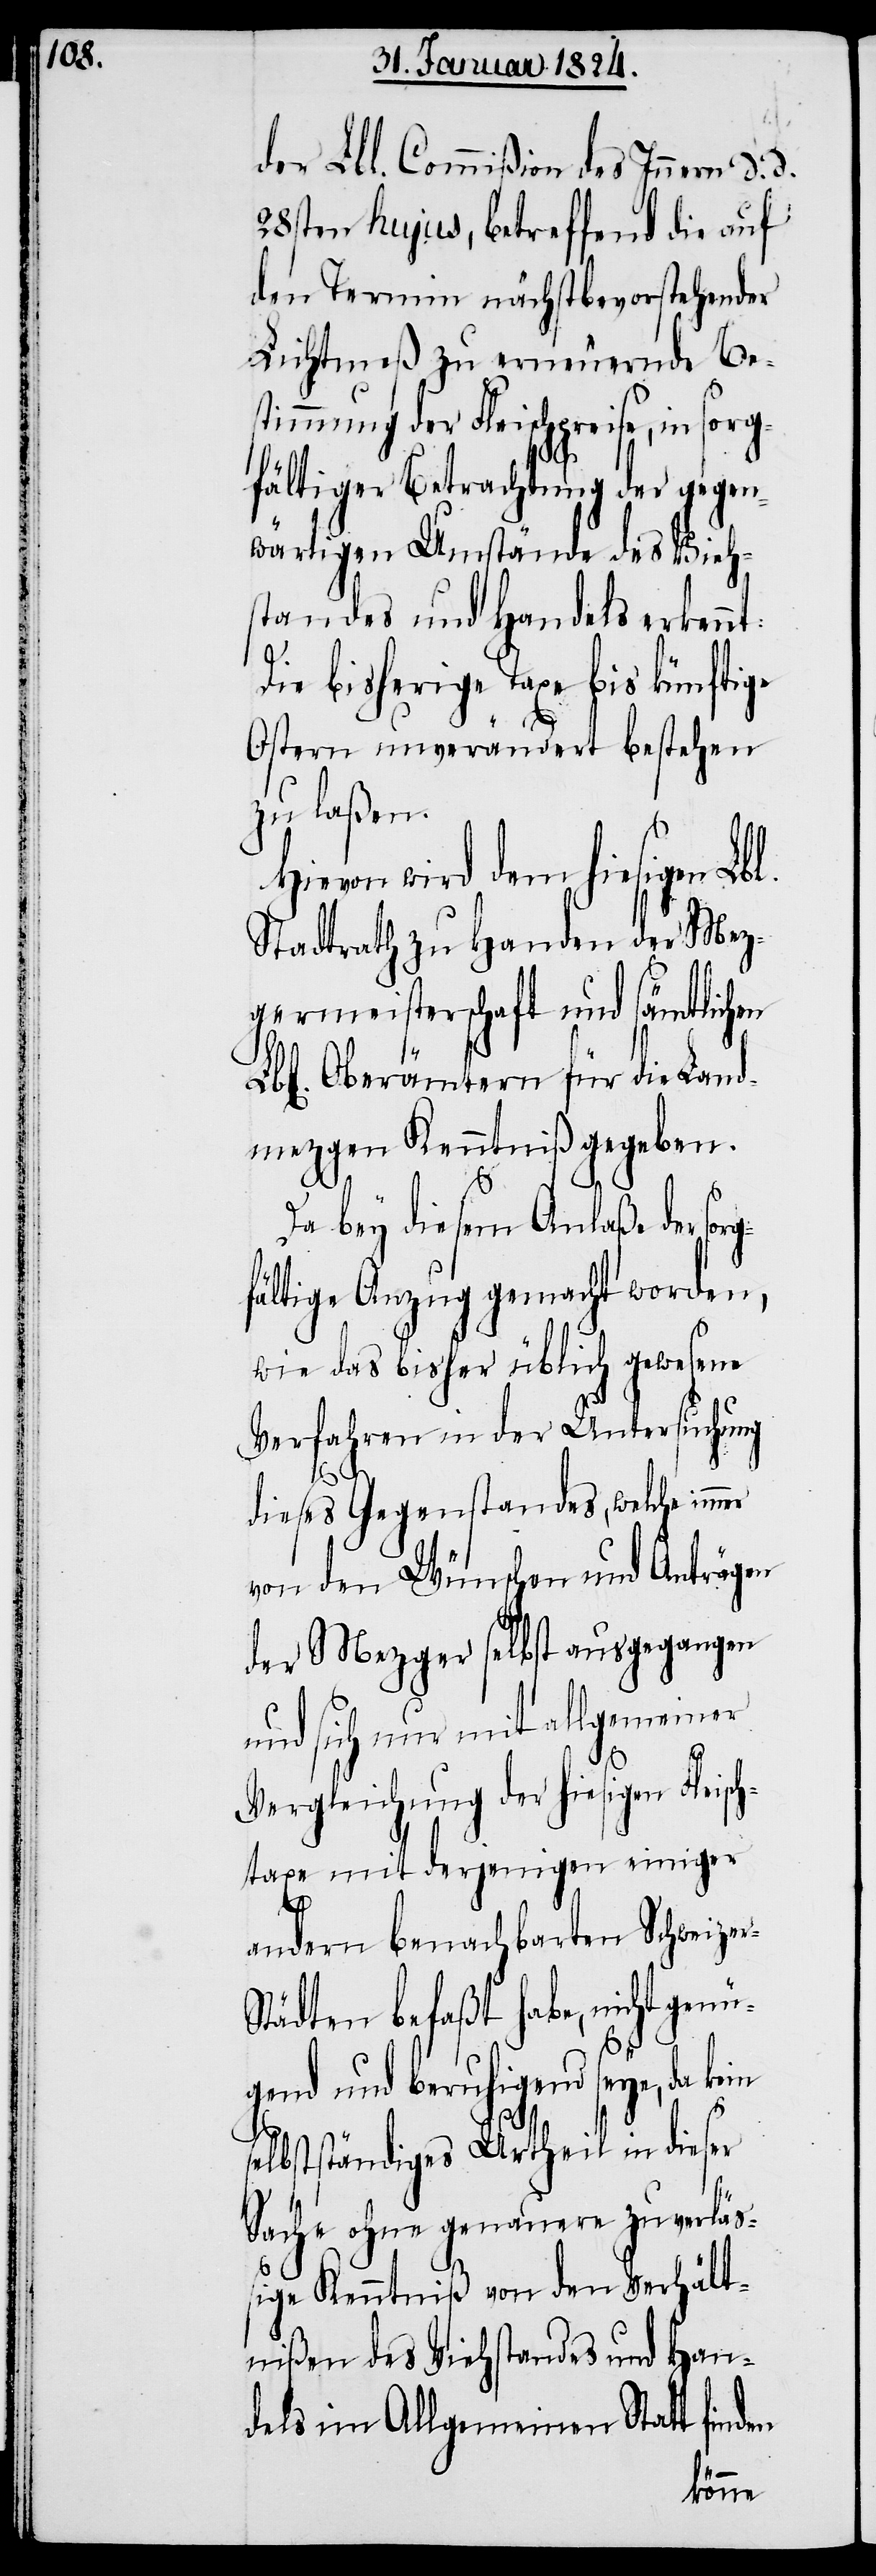
en
der Lbl. Commißion des Innern d. d.
28sten hujus, betreffend die auf
den Termin nächstbevorstehender
Lichtmeß zu erneuernde Be¬
stimmung der Fleischpreise, in sorg¬
fältiger Betrachtung der gegen¬
wärtigen Umstände des Vieh¬
standes und Handels erkennt:
Die bisherige Taxe bis künftige
Ostern unverändert bestehen
zu laßen.
Hievon wird dem hiesigen Lb¬
Stadtsrath zu Handen der Mez¬
germeisterschaft und sämtlichen
Oberämtern für die Land¬
mezgen Kenntniß gegeben.
Da bey diesem Anlaße der
fältige Anzug gemacht worden,
wie das bisher üblich gewesene
Verfahren in der Untersuchung
dieses Gegenstandes, welche im¬
von den Wünschen und Anträgen
der Mezger selbst ausgegangen
und sich nur mit allgemeiner
Vergleichung der hiesigen Fleisch¬
taxe mit derjenigen einiger
sorg¬
andern benachbarten Schweize¬
tädten befaßt habe, nicht genü¬
gend und beruhigend seye, da ke¬
selbstständiges Urtheil in dieser
Sache ohne genauere zuverläß¬
ige Kenntniß von den Verhält¬
nißen des Viehstandes und Han¬
dels im Allgemeinen Statt find¬